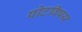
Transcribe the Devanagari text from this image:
पोटविषय